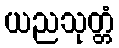
ယညသုတ္တံ